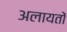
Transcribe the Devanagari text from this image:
अलायतों